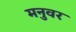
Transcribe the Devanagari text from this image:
मनुवर